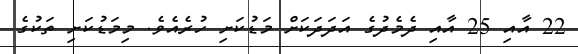
22 އާއި 25 އާއި ދެމެދުގެ އަދަަދަކަށް މަޑުކަށި ހުރެއެވެ. މިމަޑުކަށި ތަކުގެ